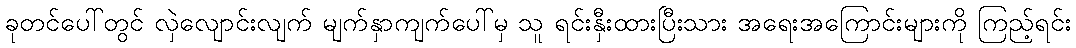
ခုတင်ပေါ်တွင် လှဲလျောင်းလျက် မျက်နှာကျက်ပေါ်မှ သူ ရင်းနှီးထားပြီးသား အရေးအကြောင်းများကို ကြည့်ရင်း